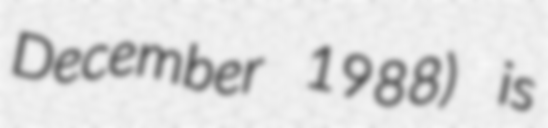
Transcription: December 1988) is